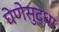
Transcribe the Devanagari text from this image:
घेणेसुद्धा